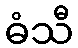
ဓံသီ